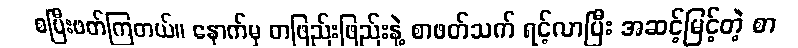
စပြီးဖတ်ကြတယ်။ နောက်မှ တဖြည်းဖြည်းနဲ့ စာဖတ်သက် ရင့်လာပြီး အဆင့်မြင့်တဲ့ စာ